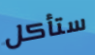
ستأكل